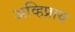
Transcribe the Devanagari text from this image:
अव्हिप्राय